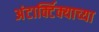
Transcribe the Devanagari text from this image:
अंटार्क्टिक्याच्या